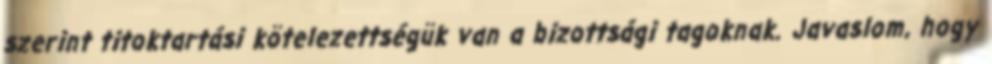
szerint titoktartási kötelezettségük van a bizottsági tagoknak. Javaslom, hogy